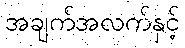
အချက်အလက်နှင့်